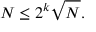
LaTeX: N \leq 2 ^ { k } { \sqrt { N } } .